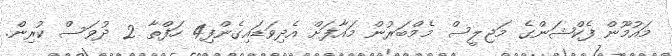
މައުމޫން ފެކްޝަންގެ މަޖިލީސް މެމްބަރުން މައާފަށް އެދިވަޑައިގެންފި4 ހަފްތާ 2 ދުވަސް ކުރިން.